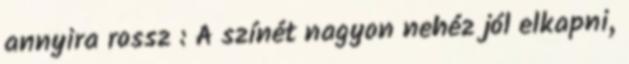
annyira rossz : A színét nagyon nehéz jól elkapni,